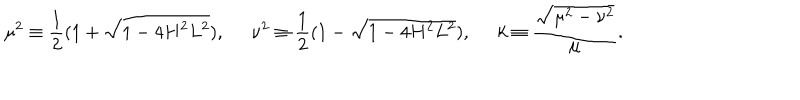
LaTeX: \mu ^ { 2 } \equiv \frac { 1 } { 2 } ( 1 + \sqrt { 1 - 4 H ^ { 2 } L ^ { 2 } } ) , \; \; \nu ^ { 2 } \equiv \frac { 1 } { 2 } ( 1 - \sqrt { 1 - 4 H ^ { 2 } L ^ { 2 } } ) , \; \; k \equiv \frac { \sqrt { \mu ^ { 2 } - \nu ^ { 2 } } } { \mu } .